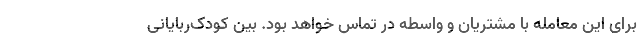
برای این معامله با مشتریان و واسطه در تماس خواهد بود. بین کودک‌ربایانی